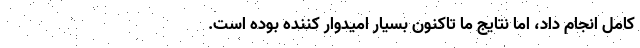
کامل انجام داد، اما نتایج ما تاکنون بسیار امیدوار کننده بوده است.